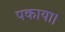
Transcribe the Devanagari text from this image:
पकाया।